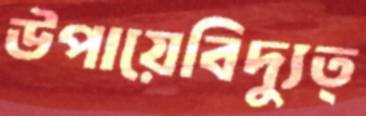
উপায়েবিদ্যুত্